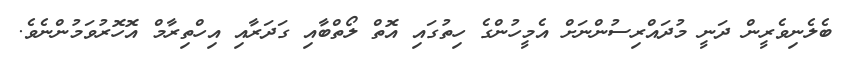
ބެލެނިވެރީން ދަނީ މުދައްރިސުންނަށް އެމީހުންގެ ހިތުގައި އޮތް ލޯތްބާއި ގަދަރާއި އިހްތިރާމް އޮހޮރުވަމުންނެވެ.